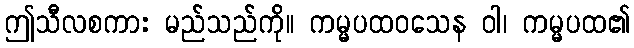
ဤသီလစကား မည်သည်ကို။ ကမ္မပထဝသေန ဝါ၊ ကမ္မပထ၏